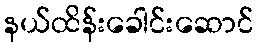
နယ်ထိန်းခေါင်းဆောင်